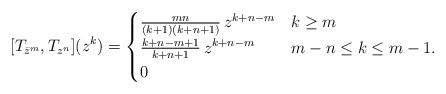
LaTeX: \begin{align*}[T_{\bar{z}^m},T_{z^n}](z^k) = \begin{cases}\frac{mn}{(k+1)(k+n+1)}\,z^{k+n-m} & k\geq m\\\frac{k+n-m+1}{k+n+1}\,z^{k+n-m} & m-n\leq k \leq m-1.\\0 & \end{cases}\end{align*}